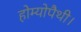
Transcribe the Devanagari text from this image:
होम्योपैथी।